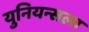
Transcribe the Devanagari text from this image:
युनियन्सला